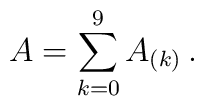
A = \sum_{k=0}^9 A_{(k)}\, .